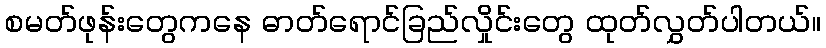
စမတ်ဖုန်းတွေကနေ ဓာတ်ရောင်ခြည်လှိုင်းတွေ ထုတ်လွှတ်ပါတယ်။